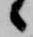
候